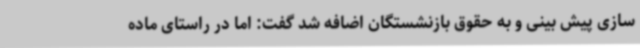
سازی پیش بینی و به حقوق بازنشستگان اضافه شد گفت: اما در راستای ماده